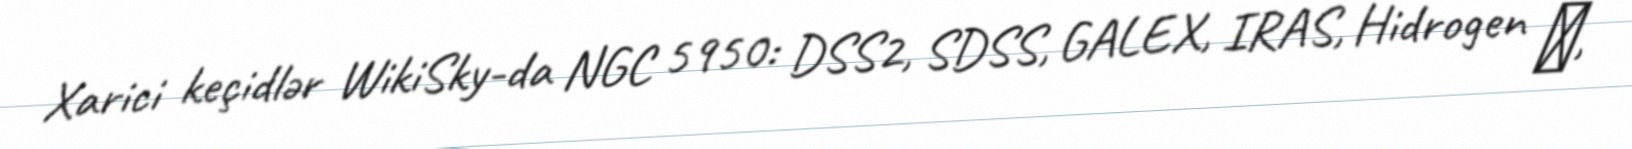
Xarici keçidlər WikiSky-da NGC 5950: DSS2, SDSS, GALEX, IRAS, Hidrogen α,